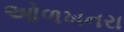
ઓળખનરા